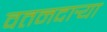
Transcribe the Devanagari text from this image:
वतनदार्‍या